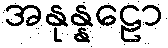
အနုန္နဠော